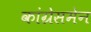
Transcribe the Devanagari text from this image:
कांग्रेसमेन